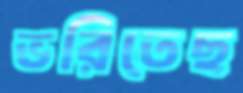
ভরিতেছ